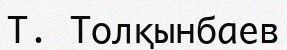
Т. Толқынбаев